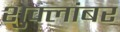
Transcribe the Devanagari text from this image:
शुक्लांबर